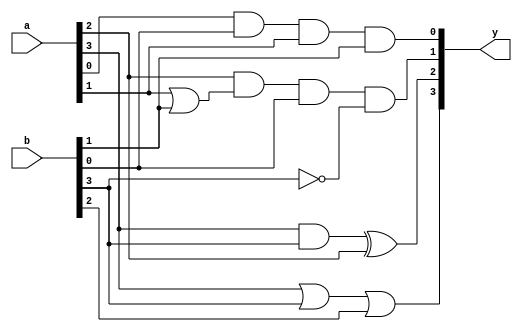
module new_test(y,a,b);

input [3:0] a,b;
output [3:0] y;

wire [7:0]w;

and and_1(w[0], a[0],b[0]);
and and_2(w[1], w[0],a[1]);
and and_3(y[0], w[1],b[1]);
or or_1(w[6],a[1],b[1]);

and and_4(w[2], a[2],w[6]);
not not_1(w[7],b[3]);
and and_5(w[3], w[2],b[0]);
and and_6(y[1], w[3],w[7]);

and and_7(w[4],a[3],b[3]);
xor xor_1(y[2], w[4],a[2]);

or or_2(w[5], a[3],b[3]);
or or_3(y[3], w[5],b[2]);

endmodule